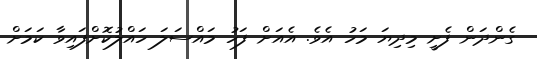
ގެންދަން ފެށީ މިދިޔަ މަހު އެވެ. އެއަށް ފަހު މައްސަލަ ހައްލުކޮށްފައިވާ ކަމަށް